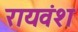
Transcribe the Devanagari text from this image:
रायवंश